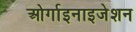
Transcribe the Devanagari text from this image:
ओर्गाइनाइजेशन